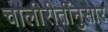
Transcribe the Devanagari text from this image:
चालीरीतींनुसार